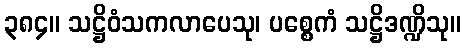
၃၈၄။ သဋ္ဌိဝံသကလာပေသု၊ ပစ္စေကံ သဋ္ဌိဒဏ္ဍိသု။